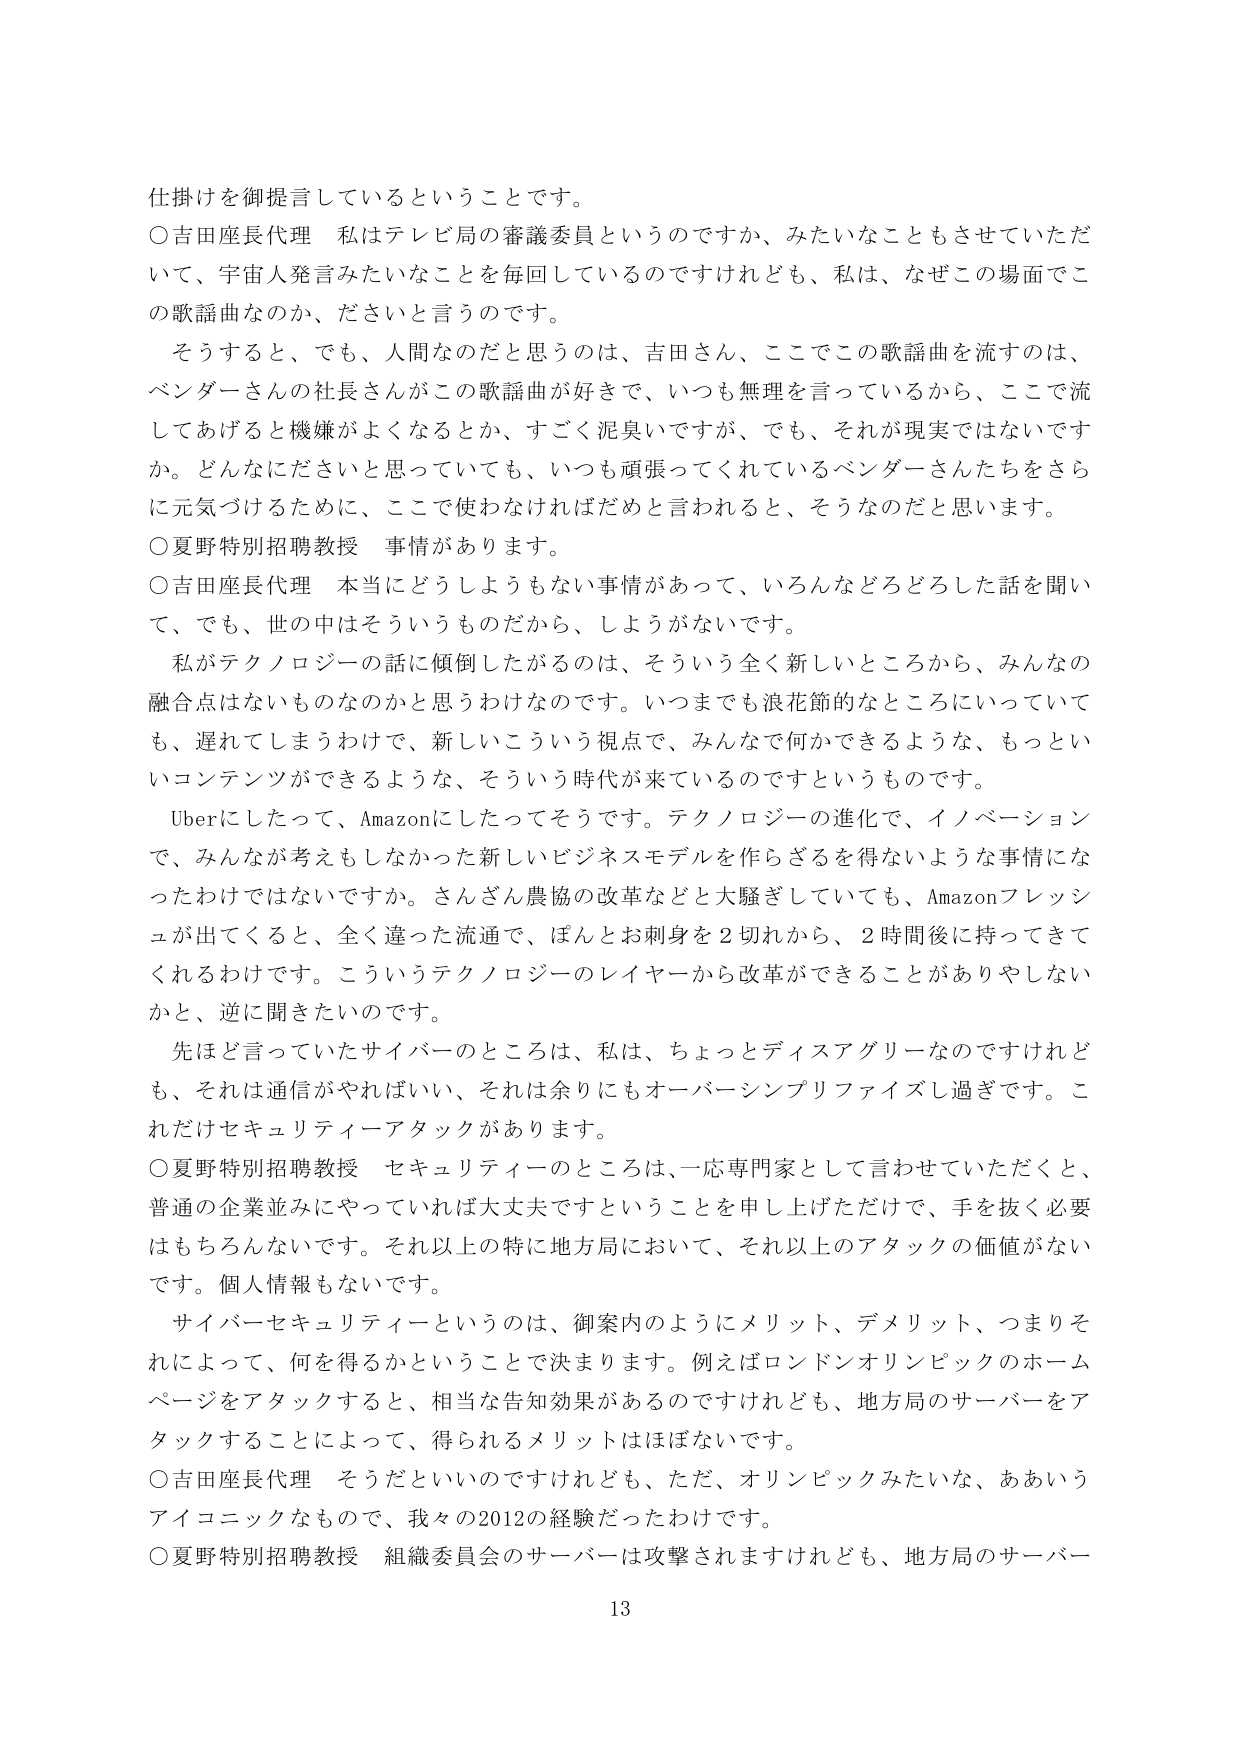
仕掛けを御提言しているということです。

○吉田座長代理　私はテレビ局の審議委員というのですか、みたいなこともさせていただいて、宇宙人発言みたいなことを毎回しているのですけれども、私は、なぜこの場面でこの歌謡曲なのか、ださいと言うのです。

　そうすると、でも、人間なのだと思うのは、吉田さん、ここでこの歌謡曲を流すのは、ベンダーさんの社長さんがこの歌謡曲が好きで、いつも無理を言っているから、ここで流してあげると機嫌がよくなるとか、すごく泥臭いですが、でも、それが現実ではないですか。どんなにださいと思っていても、いつも頑張ってくれているベンダーさんたちをさらに元気づけるために、ここで使わなければだめと言われると、そうなのだと思います。

○夏野特別招聘教授　事情があります。

○吉田座長代理　本当にどうしようもない事情があって、いろんなどろどろした話を聞いて、でも、世の中はそういうものだから、しょうがないです。

　私がテクノロジーの話に傾倒したがるのは、そういう全く新しいところから、みんなの融合点はないものなのかと思わずけなのです。いつまでも浪花節的なところにいっていても、遅れてしまうわけで、新しいこういう視点で、みんなで何かできるような、もっといいコンテンツができるような、そういう時代が来ているのですというものです。

　Uberにしたって、Amazonにしたってそうです。テクノロジーの進化で、イノベーションで、みんなが考えもしなかった新しいビジネスモデルを作らざるを得ないような事情になったわけではないですか。さんざん農協の改革などと大騒ぎしていても、Amazonフレッシュが出てくると、全く違った流通で、ほんとお刺身を2切れから、2時間後に持ってきてくれるわけです。こういうテクノロジーのレイヤーから改革ができることがありやしないかと、逆に聞きたいのです。

　先ほど言っていたサイバーのところは、私は、ちょっとディスアグリーなのですけれども、それは通信がやればいい、それは余りにもオーバーシンプリファイズし過ぎです。これだけセキュリティーアタックがあります。

○夏野特別招聘教授　セキュリティーのところは、一応専門家として言わせていただくと、普通の企業並みにやっていれば大丈夫ですということを申し上げただけで、手を抜く必要はもちろらないです。それ以上の特に地方局において、それ以上のアタックの価値がないです。個人情報もないです。

　サイバーセキュリティーというのは、御案内のようにメリット、デメリット、つまりそれによって、何を得るかということで決まります。例えばロンドンオリンピックのホームページをアタックすると、相当な告知効果があるのですけれども、地方局のサーバーをアタックすることによって、得られるメリットはほぼないです。

○吉田座長代理　そうだといいのですけれども、ただ、オリンピックみたいな、ああいうアイコニックなもので、我々の2012の経験だったわけです。

○夏野特別招聘教授　組織委員会のサーバーは攻撃されますけれども、地方局のサーバー

13